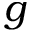
g